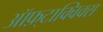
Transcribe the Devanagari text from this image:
ऑफ़्टाक्विक्स